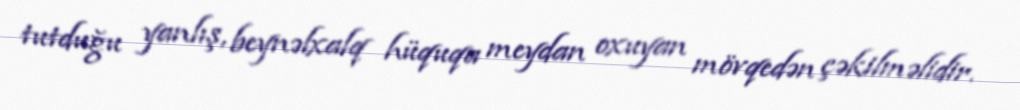
tutduğu yanlış, beynəlxalq hüquqa meydan oxuyan mövqedən çəkilməlidir.